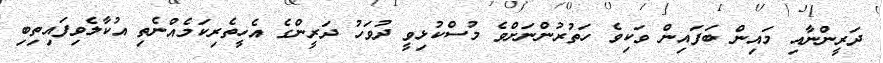
ދަރީންނާއި މައިން ބަފައިން ވަކިވެ ހަތުރުންނަށްވެ މުސްކުޅިވީ ދުވަހު ދަރީންގެ އެހީތެރިކަމެއްނެތި އުކާލެވިފައިތިބި